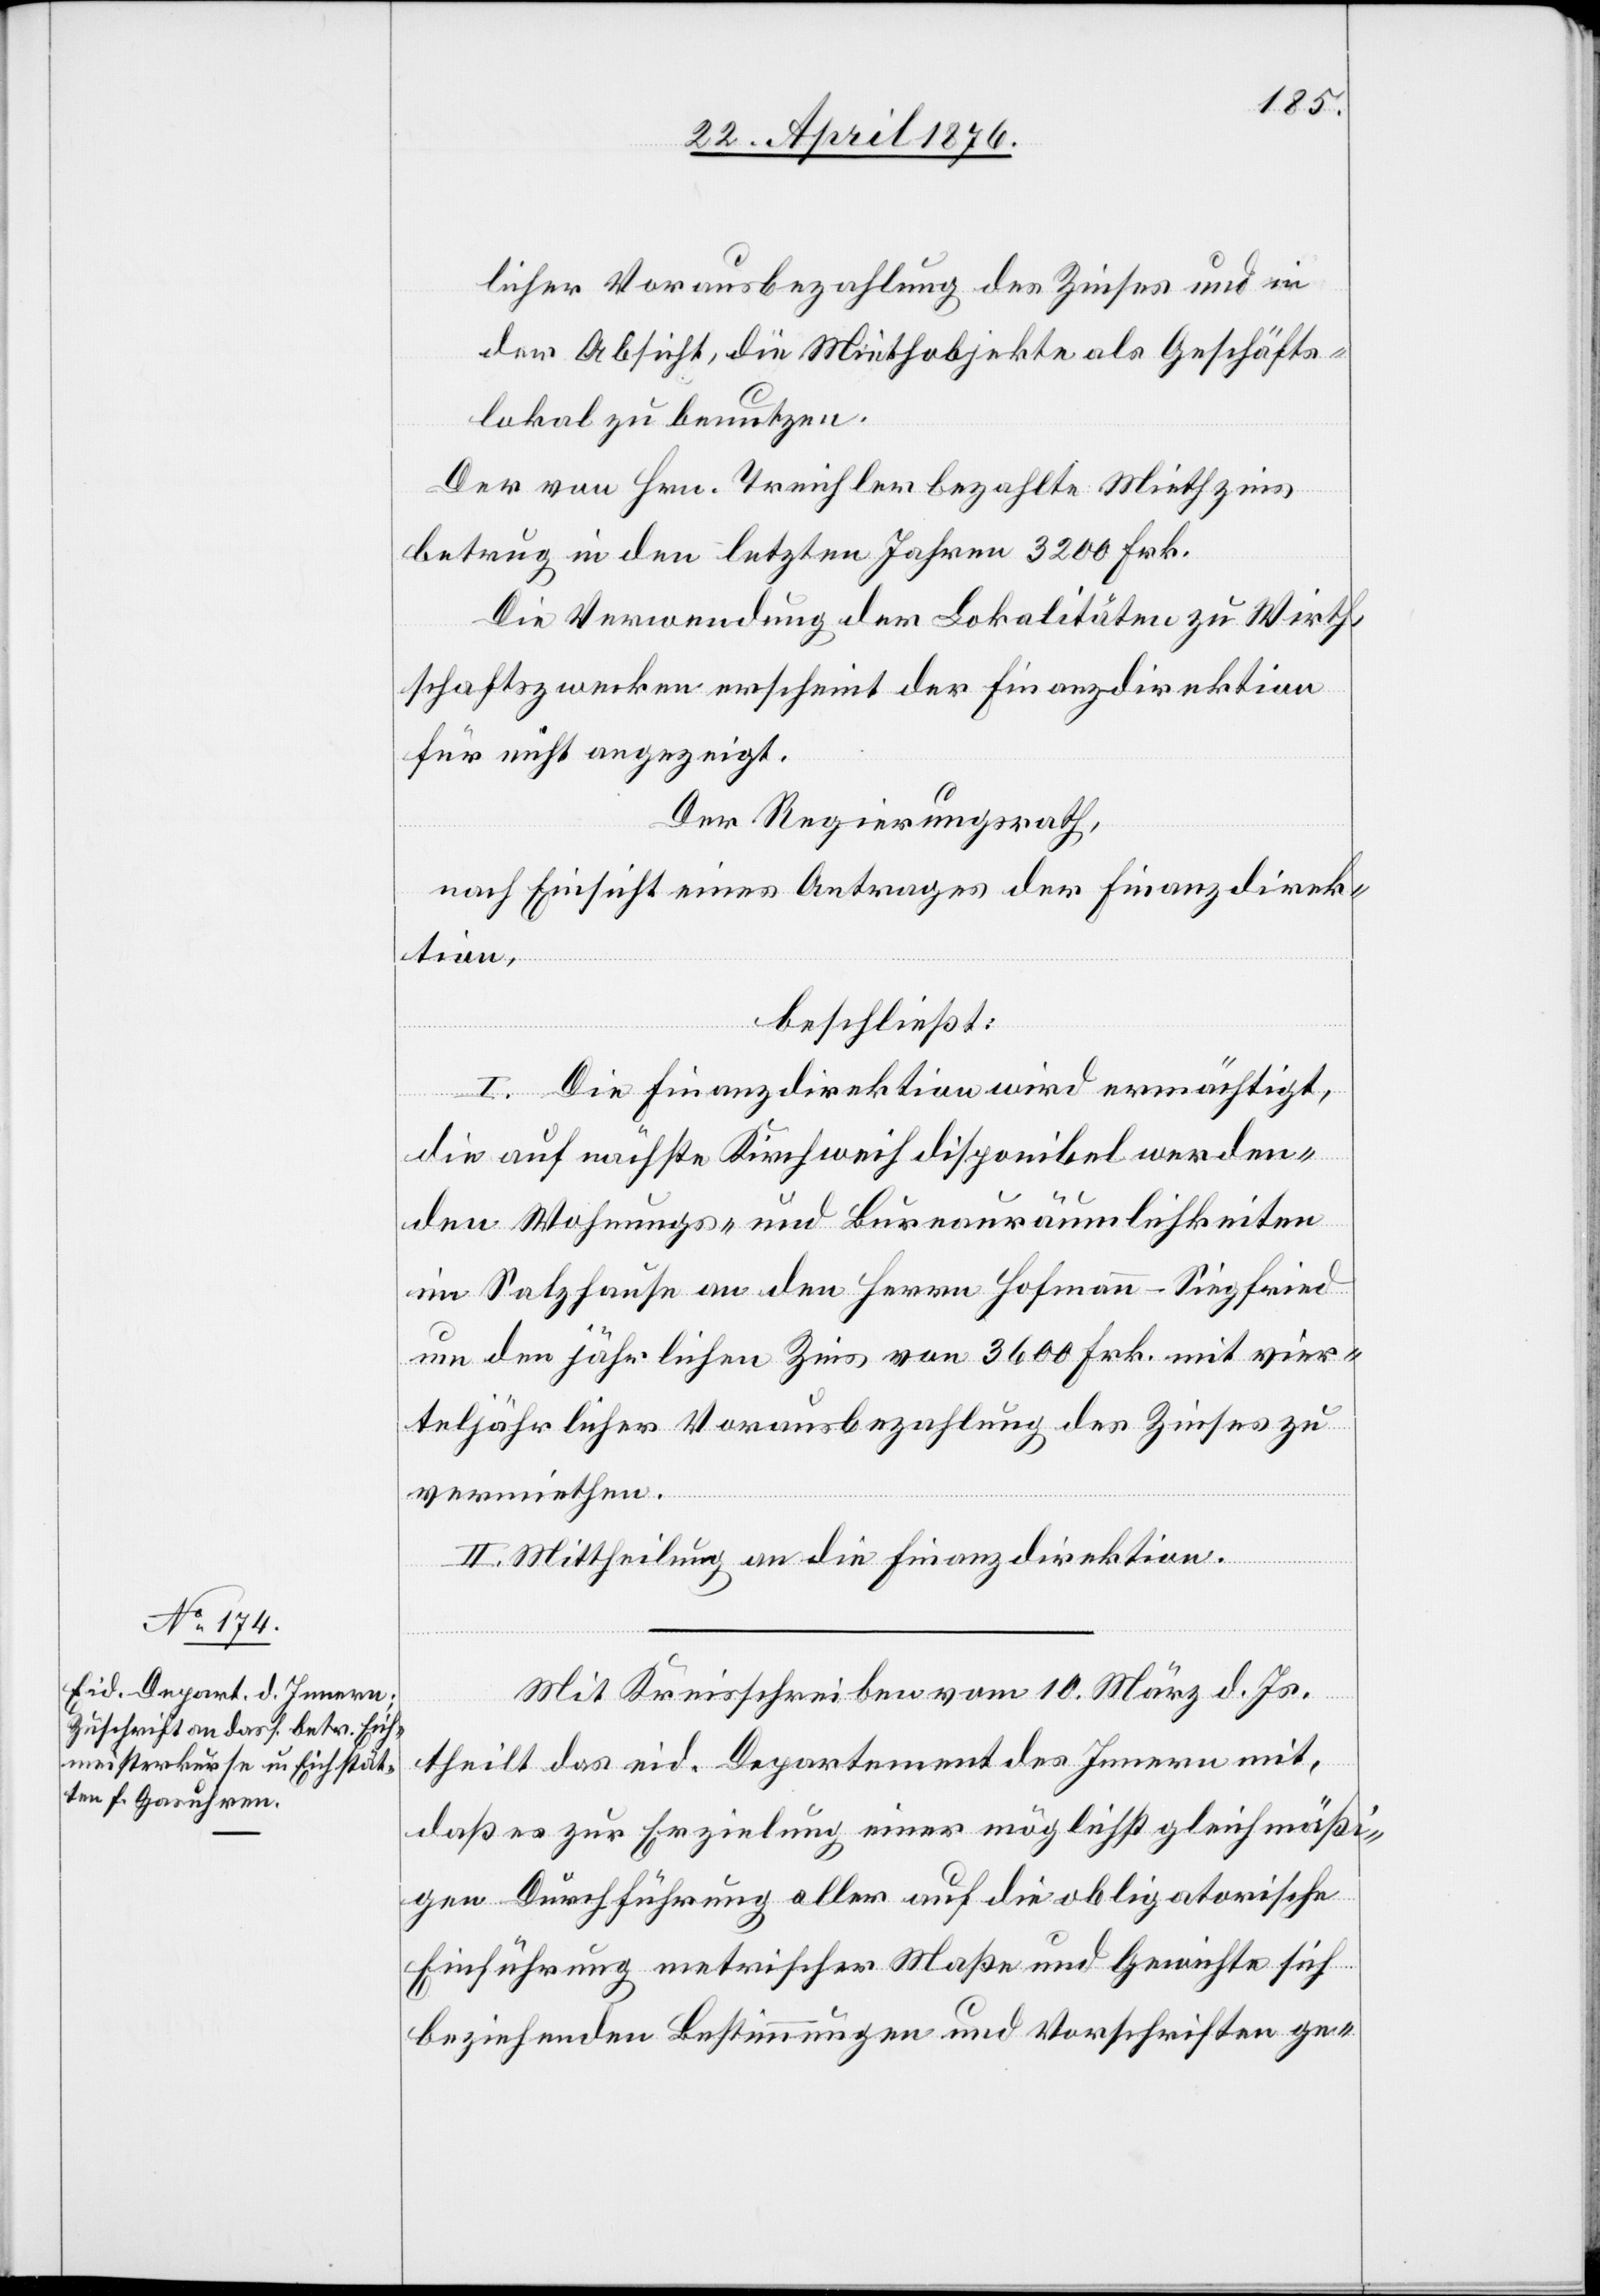
licher Vorausbezahlung des Zinses und in
der Absicht, die Miethobjekte als Geschäfts¬
lokal zu benutzen.
Der von Hrn. Treichler bezahlte Miethzins
betrug in den letzten Jahren 3200 Frk.
Die Verwendung der Lokalitäten zu Wirth¬
schaftszwecken erscheint der Finanzdirektion
für nicht angezeigt.
Der Regierungsrath,
nach Einsicht eines Antrages der Finanzdirek¬
tion,
beschließt:
I. Die Finanzdirektion wird ermächtigt,
die auf nächste Kirchweih disponibel werden¬
den Wohnungs- und Bureauräumlichkeiten
im Salzhause an den Herrn Hofmann-Siegfried
um den jährlichen Zins von 3600 Frk. [sic!] mit vier¬
teljährlicher Vorausbezahlung des Zinses zu
vermiethen.
II. Mittheilung an die Finanzdirektion.
Mit Kreisschreiben vom 10. März d. Js.
theilt das eid. Departement des Innern mit,
daß es zur Erzielung einer möglichst gleichmäßi¬
gen Durchführung aller auf die obligatorische
Einführung metrischer Maße und Gewichte sich
beziehenden Bestimmungen und Vorschriften ge-